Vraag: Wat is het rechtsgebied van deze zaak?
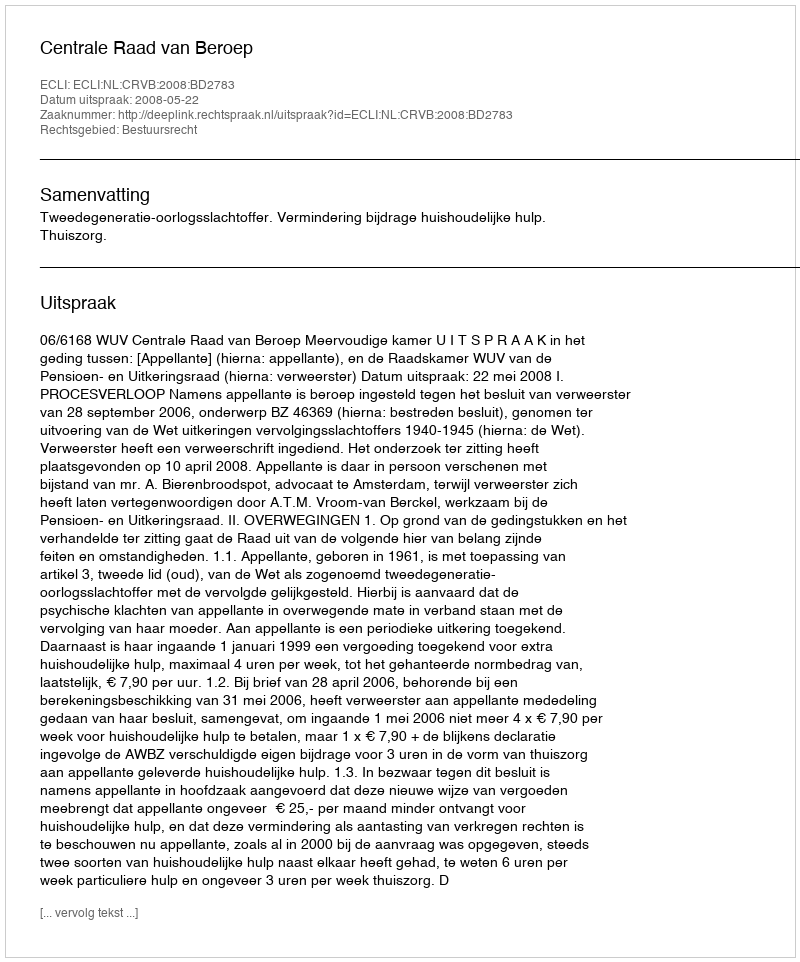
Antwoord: Bestuursrecht